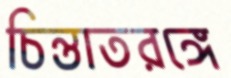
চিন্তাতরঙ্গে